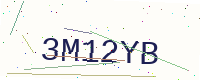
Text: 3M12YB